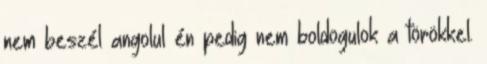
nem beszél angolul én pedig nem boldogulok a törökkel.